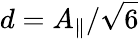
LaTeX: d=A_{\parallel}/\sqrt{6}